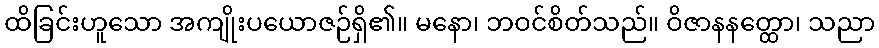
ထိခြင်းဟူသော အကျိုးပယောဇဉ်ရှိ၏။ မနော၊ ဘဝင်စိတ်သည်။ ဝိဇာနနတ္ထော၊ သညာ